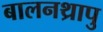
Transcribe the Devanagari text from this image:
बालनथ्रापु